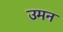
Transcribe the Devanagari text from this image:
उमन